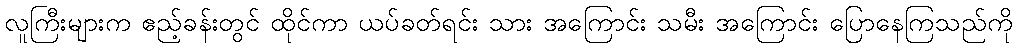
လူကြီးများက ဧည့်ခန်းတွင် ထိုင်ကာ ယပ်ခတ်ရင်း သား အကြောင်း သမီး အကြောင်း ပြောနေကြသည်ကို